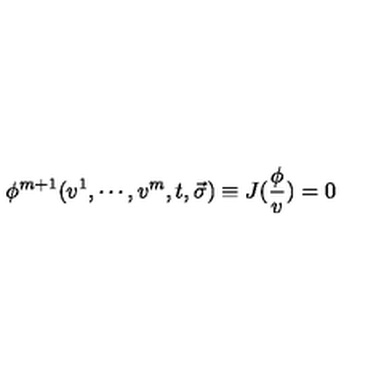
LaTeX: \phi ^ { m + 1 } ( v ^ { 1 } , \cdots , v ^ { m } , t , \vec { \sigma } ) \equiv J ( \frac \phi v ) = 0